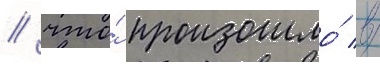
/ что́ произошло́ в